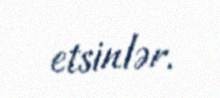
etsinlər.